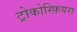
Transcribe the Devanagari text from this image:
ट्रोकोस्फ़ियरा